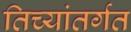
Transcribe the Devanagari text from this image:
तिच्यांतर्गत